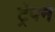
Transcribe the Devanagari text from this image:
ट्रॅपने